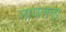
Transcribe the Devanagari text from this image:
नायलन्ड